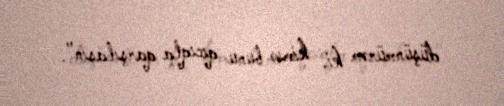
düşünmürəm ki, kimsə bunu qıcıqla qarşılasın".